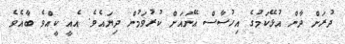
ދުރަށް ދާން އުޅޭކަމުގެ އިހުސާސް އޭނައަށް ކުރުވަމުން ދިޔައެވެ. އެއީ ކީއްވެ ބާއެވެ